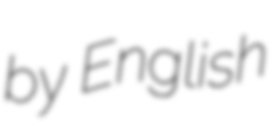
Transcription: by English